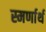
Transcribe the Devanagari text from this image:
स्मर्णार्थ